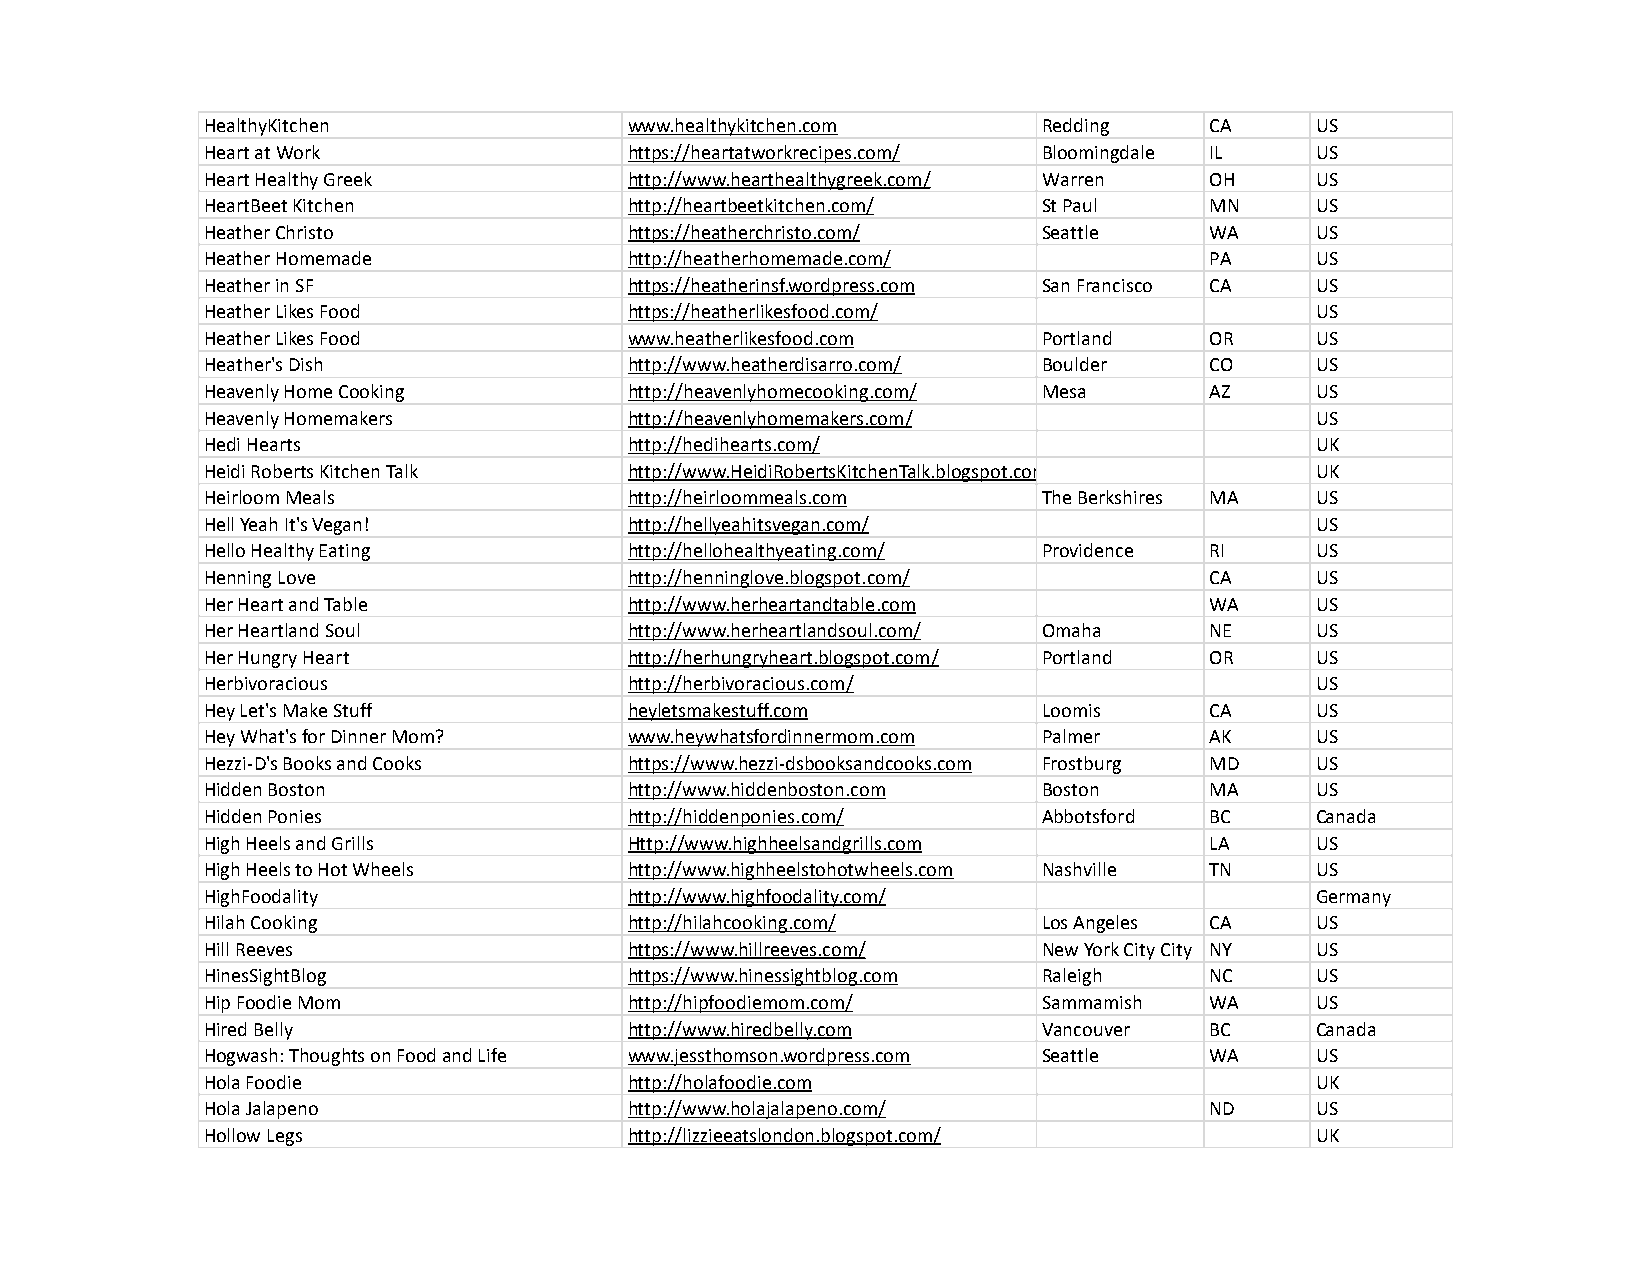
HealthyKitchen              www.healthykitchen.com     Redding    CA     US
 Heart at Work               https://heartatworkrecipes.com/ Bloomingdale IL US
 Heart Healthy Greek         http://www.hearthealthygreek.com/ Warren OH  US
 HeartBeet Kitchen           http://heartbeetkitchen.com/ St Paul  MN     US
 Heather Christo             https://heatherchristo.com/ Seattle   WA     US
 Heather Homemade            http://heatherhomemade.com/           PA     US
 Heather in SF               https://heatherinsf.wordpress.com San Francisco CA US
 Heather Likes Food          https://heatherlikesfood.com/                US
 Heather Likes Food          www.heatherlikesfood.com   Portland   OR     US
 Heather's Dish              http://www.heatherdisarro.com/ Boulder CO    US
 Heavenly Home Cooking       http://heavenlyhomecooking.com/ Mesa  AZ     US
 Heavenly Homemakers         http://heavenlyhomemakers.com/               US
 Hedi Hearts                 http://hedihearts.com/                       UK
 Heidi Roberts Kitchen Talk  http://www.HeidiRobertsKitchenTalk.blogspot.com UK
 Heirloom Meals              http://heirloommeals.com   The Berkshires MA US
 Hell Yeah It's Vegan!       http://hellyeahitsvegan.com/                 US
 Hello Healthy Eating        http://hellohealthyeating.com/ Providence RI US
 Henning Love                http://henninglove.blogspot.com/      CA     US
 Her Heart and Table         http://www.herheartandtable.com       WA     US
 Her Heartland Soul          http://www.herheartlandsoul.com/ Omaha NE    US
 Her Hungry Heart            http://herhungryheart.blogspot.com/ Portland OR US
 Herbivoracious              http://herbivoracious.com/                   US
 Hey Let's Make Stuff        heyletsmakestuff.com       Loomis     CA     US
 Hey What's for Dinner Mom?  www.heywhatsfordinnermom.com Palmer   AK     US
 Hezzi-D's Books and Cooks   https://www.hezzi-dsbooksandcooks.com Frostburg MD US
 Hidden Boston               http://www.hiddenboston.com Boston    MA     US
 Hidden Ponies               http://hiddenponies.com/   Abbotsford BC     Canada
 High Heels and Grills       Http://www.highheelsandgrills.com     LA     US
 High Heels to Hot Wheels    http://www.highheelstohotwheels.com Nashville TN US
 HighFoodality               http://www.highfoodality.com/                Germany
 Hilah Cooking               http://hilahcooking.com/   Los Angeles CA    US
 Hill Reeves                 https://www.hillreeves.com/ New York City City NY US
 HinesSightBlog              https://www.hinessightblog.com Raleigh NC    US
 Hip Foodie Mom              http://hipfoodiemom.com/   Sammamish  WA     US
 Hired Belly                 http://www.hiredbelly.com  Vancouver  BC     Canada
 Hogwash: Thoughts on Food and Life www.jessthomson.wordpress.com Seattle WA US
 Hola Foodie                 http://holafoodie.com                        UK
 Hola Jalapeno               http://www.holajalapeno.com/          ND     US
 Hollow Legs                 http://lizzieeatslondon.blogspot.com/        UK